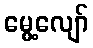
မွေ့လျော်